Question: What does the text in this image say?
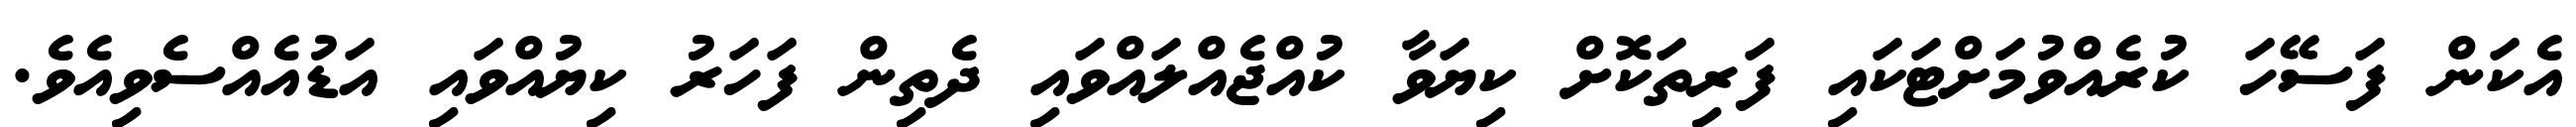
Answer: އެކަން ފަސޭހަ ކުރެއްވުމަށްޓަކައި ފަރިތަކޮށް ކިޔަވާ ކުއްޖެއްލައްވައި ދެތިން ފަހަރު ކިޔުއްވައި އަޑުއެއްސެވިއެވެ.